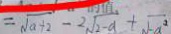
= \sqrt { a + 2 } - 2 \sqrt { 2 - a } + \sqrt { - a ^ { 2 } }